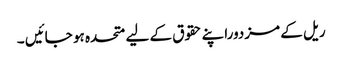
ریل کے مزدوراپنے حقوق کے لیے متحدہ ہو جائیں ۔